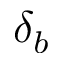
\delta _ { b }